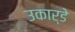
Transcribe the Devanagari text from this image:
उकार्डे